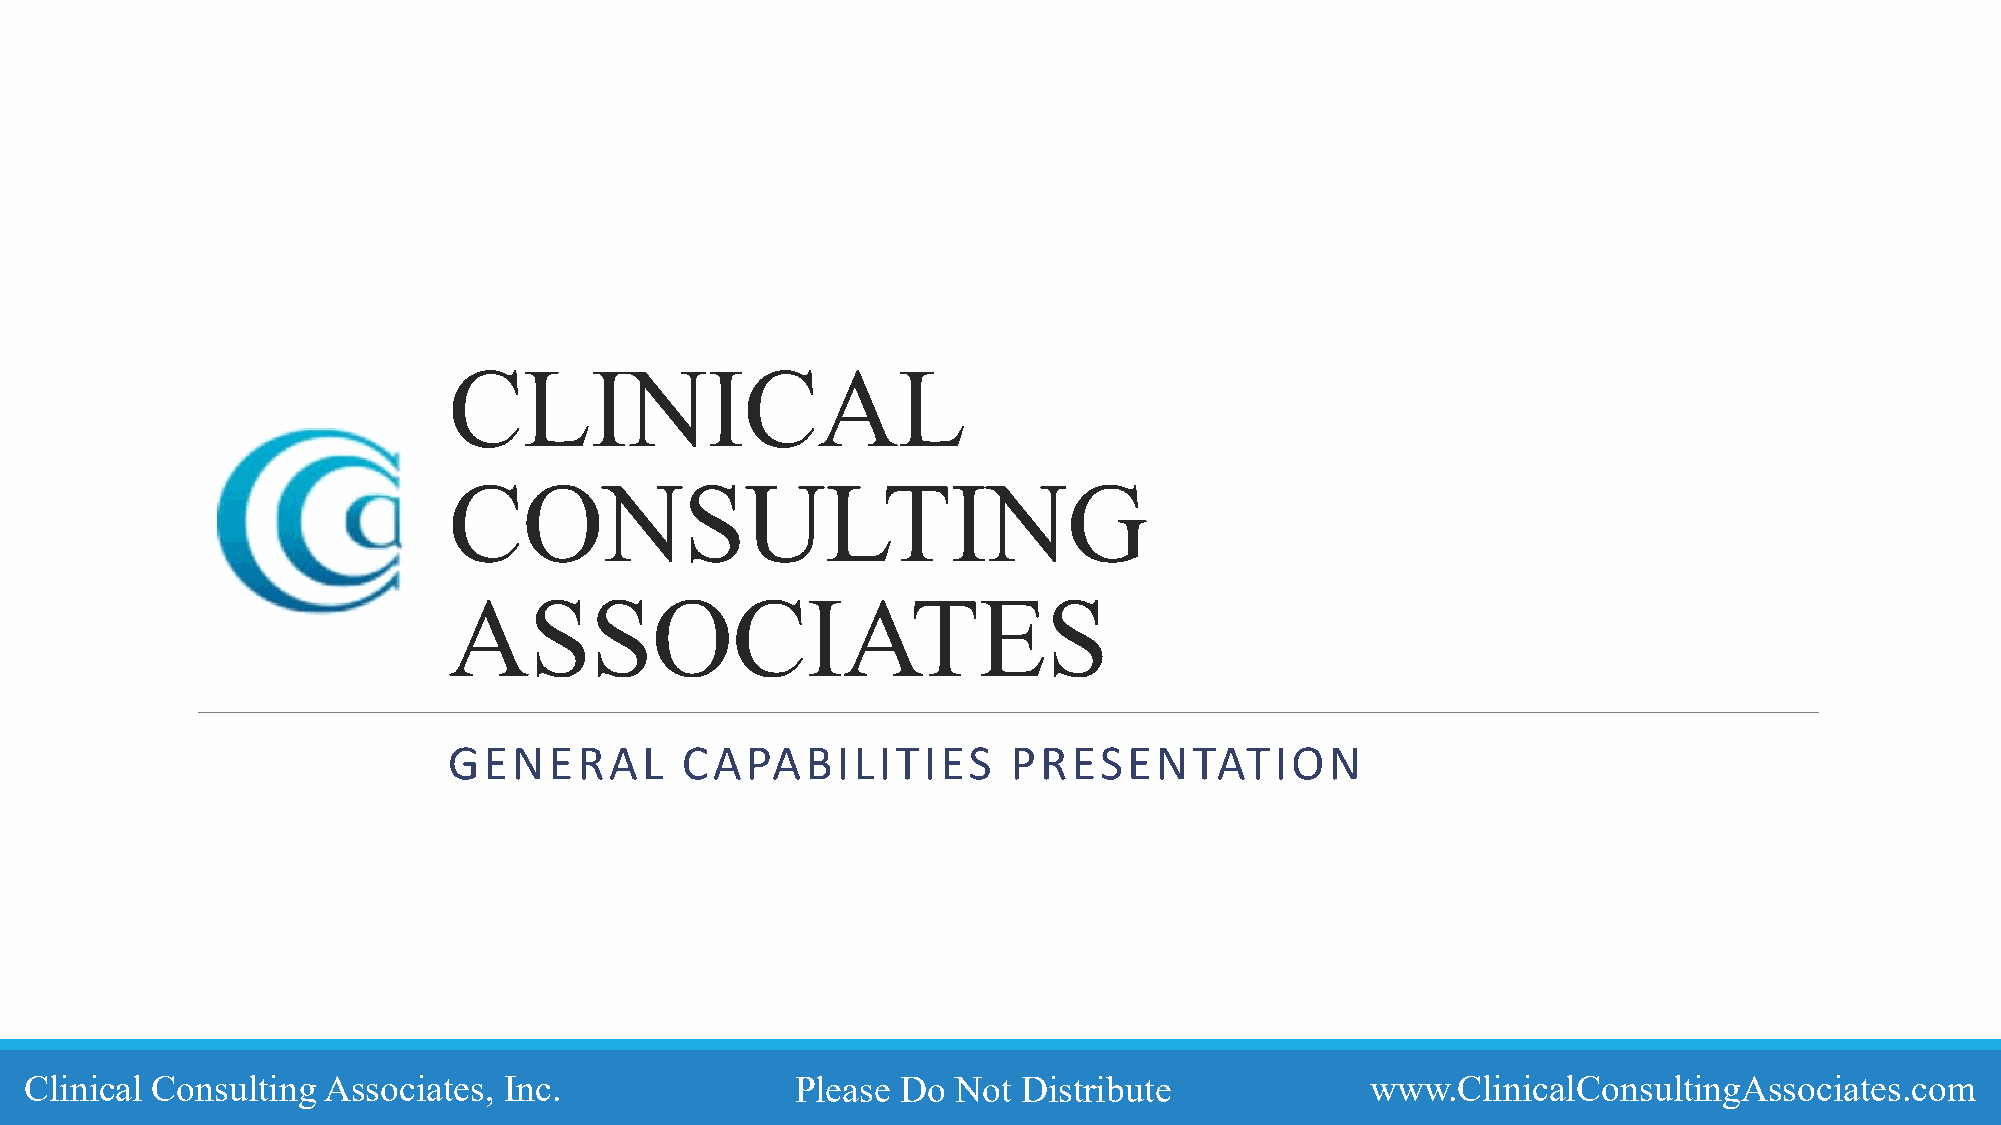
CLINICAL
 CONSULTING
 ASSOCIATES
 GENERAL        CAPABILITIES          PRESENTATION
 Clinical Consulting Associates, Inc.               Please Do Not  Distribute             www.ClinicalConsultingAssociates.com